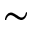
\sim